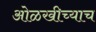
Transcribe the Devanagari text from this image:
ओळखीच्याच